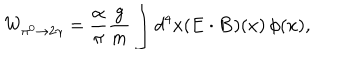
LaTeX: W _ { \pi ^ { 0 } \to 2 \gamma } = \frac { \alpha } { \pi } \frac { g } { m } \int d ^ { 4 } x ( \mathbf { E \cdot B } ) ( x ) \, \phi ( x ) ,